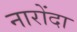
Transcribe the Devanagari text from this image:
नारोंदा